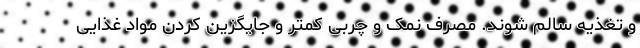
و تغذیه سالم شوند. مصرف نمک و چربی کمتر و جایگزین کردن مواد غذایی